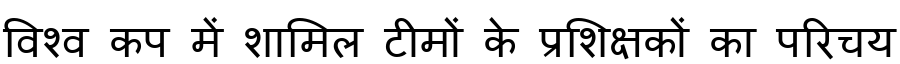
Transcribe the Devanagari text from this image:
विश्व कप में शामिल टीमों के प्रशिक्षकों का परिचय